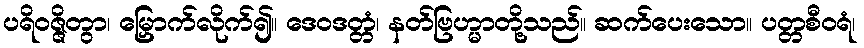
ပရိဝဇ္ဇိတွာ၊ မြှောက်လိုက်၍။ ဒေဝဒတ္တံ၊ နတ်ဗြဟ္မာတို့သည်။ ဆက်ပေးသော။ ပတ္တစီဝရံ၊